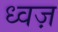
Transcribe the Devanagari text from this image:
ध्वज़